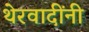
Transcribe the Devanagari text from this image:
थेरवादींनी